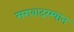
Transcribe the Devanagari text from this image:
सरावादरम्यान